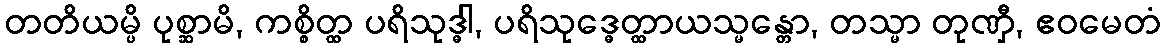
တတိယမ္ပိ ပုစ္ဆာမိ, ကစ္စိတ္ထ ပရိသုဒ္ဓါ, ပရိသုဒ္ဓေတ္ထာယသ္မန္တော, တသ္မာ တုဏှီ, ဧဝမေတံ